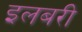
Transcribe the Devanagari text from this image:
इलबरी